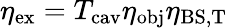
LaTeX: \eta_{\textrm{ex}}=T_{\textrm{cav}}\eta_{\textrm{obj}}\eta_{\textrm{BS,T}}